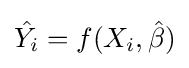
{\hat {Y_{i}}}=f(X_{i},{\hat {\beta }})